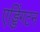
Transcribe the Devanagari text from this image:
एड्डिंगटन